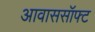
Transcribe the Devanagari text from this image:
आवाससॉफ्ट